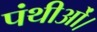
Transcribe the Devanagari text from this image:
पंथीओं।